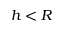
h < R